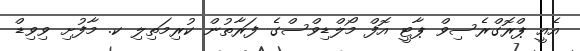
އެއީ ޕްރޮގްރެސިވް ޕާޓީ އޮފް މޯލްޑިވްސްގެ ފަރާތުން ކުރިމަތިލި ކ. މާފުށި ވިވިޑް